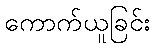
ကောက်ယူခြင်း